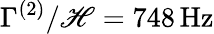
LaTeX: \Gamma^{(2)}/\mathscr{H}=748\, \mathrm{{{Hz}}}